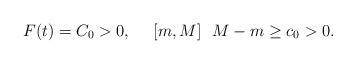
LaTeX: \begin{align*}F(t)=C_0>0,~~~~[m,M]~~M-m\geq c_0>0.\end{align*}